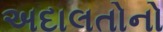
અદાલતોનો